Vaccination in the Punjab 1905-1918 - 1905-1918
Year: 1905
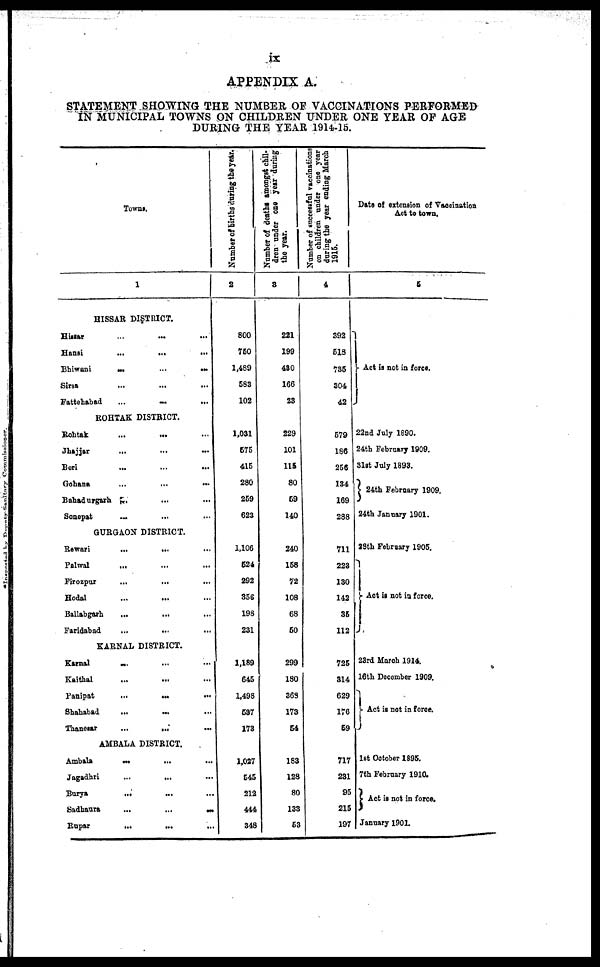
ix
APPENDIX A.
STATEMENT SHOWING THE NUMBER OF VACCINATIONS PERFORMED
IN MUNICIPAL TOWNS ON CHILDREN UNDER ONE YEAR OF AGE
DURING THE YEAR 1914-15.
Towns.
1
HISSAR DISTRICT.
Hissar ... ... ...
Hansi
...
...
...
Bhiwani
...
...
...
Sirsa
...
...
...
Fattehabad
...
...
...
ROHTAK DISTRICT.
Rohtak
...
...
...
Jhajjar ... ... ...
Beri
...
...
...
Gohana
...
...
...
Bahadurgarh
...
...
Sonepat
... ... ...
GURGAON DISTRICT.
Rewari
...
... ...
Palwal
... ... ...
Firozpur
...
...
...
Hodal
...
... ...
Ballabgarh
...
... ...
Faridabad
...
... ...
KARNAL DISTRICT.
Karnal ... ... ...
Kaithal ... ... ...
Panipat
...
...
...
Shahabad ... ... ...
Thanesar
...
...
...
AMBALA DISTRICT.
Ambala
...
...
...
Jagadhri
...
...
...
Burya ... ... ...
Sadhaura
...
...
...
Rupar ... ... ...
Number of births during the year.
2
800
750
1,489
583
102
1,031
575
415
280
259
623
1,106
524
292
356
198
231
1,189
645
1,498
537
173
1,027
545
212
444
348
Number of deaths amongst chil-
dren under one year during
the year.
3
221
199
430
166
23
229
101
115
80
59
140
240
158
72
108
68
50
299
180
368
173
54
183
128
80
133
53
Number of successful vaccinations
on children under one year
during the year ending March
1915.
4
392
518
735
304
42
579
186
256
134
169
288
711
223
130
142
35
112
725
314
629
176
59
717
231
95
215
197
Date of extension of Vaccination
Act to town.
5
Act is not in force.
22nd July 1890.
24th February 1909.
31st July 1893.
24th February 1909.
24th January 1901.
28th February 1905.
Act is not in force.
23rd March 1914.
16th December 1909.
Act is not in force.
1st October 1895.
7th February 1910.
Act is not in force.
January 1901.